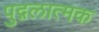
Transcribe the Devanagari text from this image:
पुद्गलात्मक